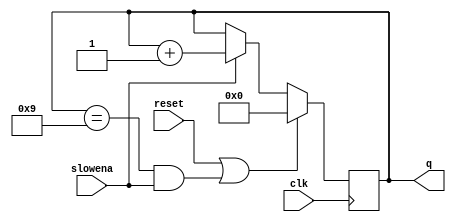
module top_module (
    input clk,
    input slowena,
    input reset,
    output reg [3:0] q);

    always @(posedge clk) begin
        if(reset | q == 4'b1001 & slowena)
            q <= 4'b000;
        else if(slowena)
            q <= q + 4'b001;  
    end

endmodule